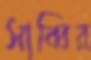
সাব্বির